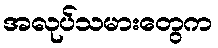
အလုပ်သမားတွေက